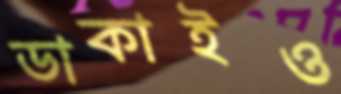
ডাকাইও